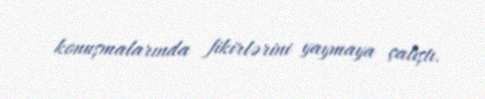
konuşmalarında fikirlərini yaymaya çalıştı.